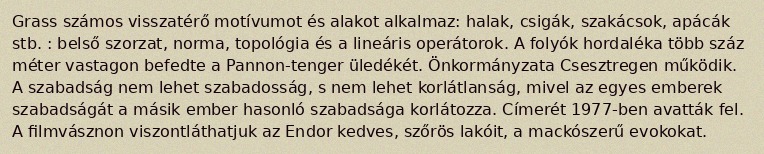
Grass számos visszatérő motívumot és alakot alkalmaz: halak, csigák, szakácsok, apácák stb. : belső szorzat, norma, topológia és a lineáris operátorok. A folyók hordaléka több száz méter vastagon befedte a Pannon-tenger üledékét. Önkormányzata Csesztregen működik. A szabadság nem lehet szabadosság, s nem lehet korlátlanság, mivel az egyes emberek szabadságát a másik ember hasonló szabadsága korlátozza. Címerét 1977-ben avatták fel. A filmvásznon viszontláthatjuk az Endor kedves, szőrös lakóit, a mackószerű evokokat.